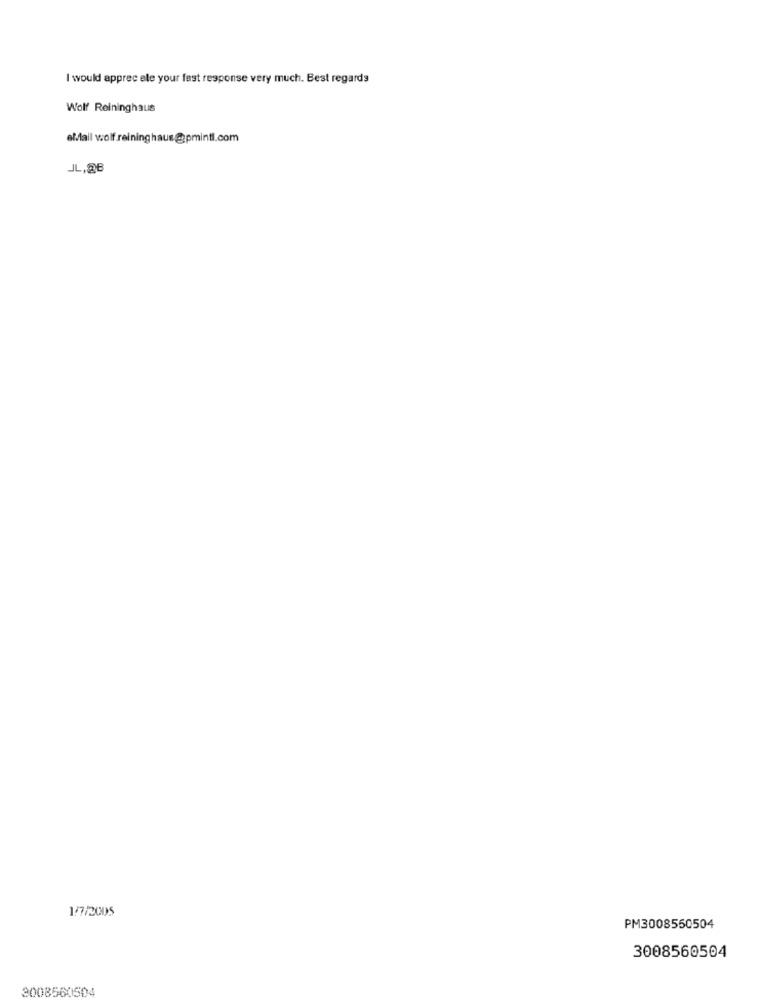
I would apprec ele your fast response very much. Best regards
Wolf Reininghaus
eMail wolf reining haus@pmintl.com
JL,26
1/7/2005
PM3008550504
3008560504
3008560504